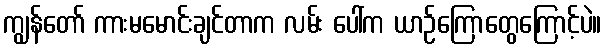
ကျွန်တော် ကားမမောင်းချင်တာက လမ်း ပေါ်က ယာဉ်ကြောတွေကြောင့်ပဲ။